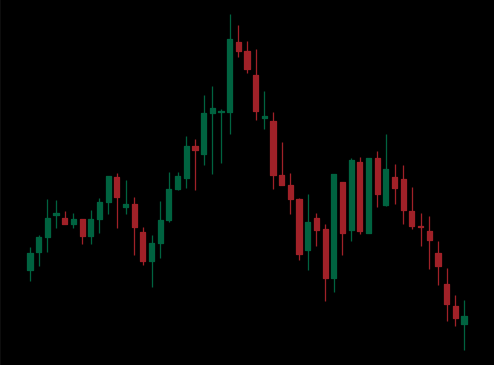
Pattern: head_shoulders